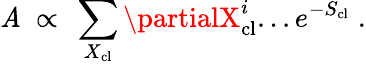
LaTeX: \mathit{A}~\propto~\sum_{X_{\mathrm{{cl}}}}\partialX_{\mathrm{{cl}}}^{i}...e^{-S_{\mathrm{{cl}}}}\; .